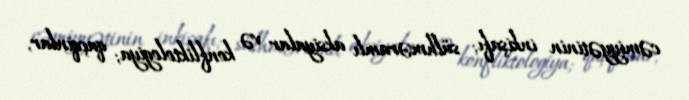
cəmiyyətinin inkişafı; sülhməramlı aksiyalar və konfliktologiya; qaçqınlar,